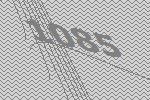
1085